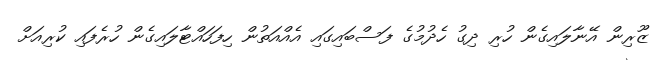
ޒޫރިން އޭނާލައިގެން ހުރި ދިގު ހެދުމުގެ ފަސްބައިގައި އެއްއަތުން ހިފަހައްޓާލައިގެން ހުރެފައި ކުރިއަށް